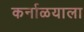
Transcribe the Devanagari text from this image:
कर्नाळयाला